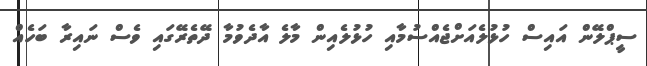
ސީޕްލޭން އައިސް ހުޅުލެއަށްޖެއްސުމާއި ހުޅުލެއިން މާލެ އާދެވުމާ ދޭތެރޭގައި ވެސް ނައިރާ ބަހެއް